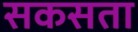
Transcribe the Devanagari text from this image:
सकसता